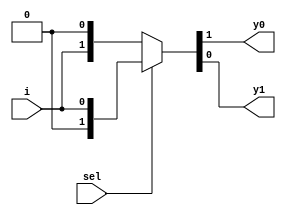
`timescale 1ns / 1ps

module demux_1_2(
    input sel,
    input i,
    output y0, y1
    );    
    assign {y0,y1} = sel?{1'b0,i}: {i,1'b0};
endmodule

module demux_xor_xnor(
    input a,b,
    output xor_g, xnor_g
    );
    wire [3:0] w;
    demux_1_2 demux1(b, ~a, w[0], w[1]);
    demux_1_2 demux2(b, a, w[2], w[3]);
    
    assign xor_g= w[1] | w[2];
    assign xnor_g= w[0] | w[3];
    
endmodule